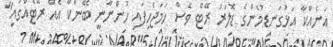
އަނެއްކާ އަޅުގަނޑުމެންގެ ޑޮލަރު ރޭޓް ވެސް ހަމަޖެހިފައި ހުންނާނީ ބޭންކާ އެއް ރޭޓެއްގައި"